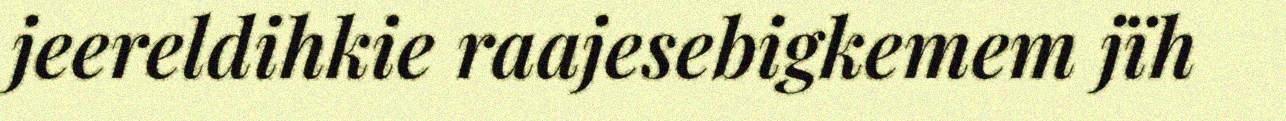
jeereldihkie raajesebigkemem jïh